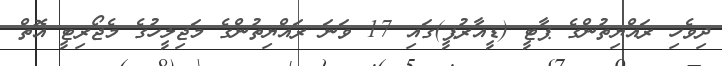
ދިވެހި ރައްޔިތުންގެ ޕާޓީ (ޑީއާރުޕީ)ގައި 17 ވަނަ ރައްޔިތުންގެ މަޖިލީހުގެ މެޖޯރިޓީ އޮތް